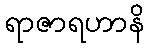
ရာဇာရဟာနိ